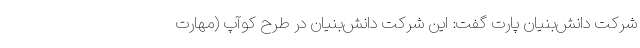
شرکت دانش‌بنیان پارت گفت: این شرکت دانش‌بنیان در طرح کوآپ (مهارت‌